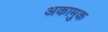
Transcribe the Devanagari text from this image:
अकामुक